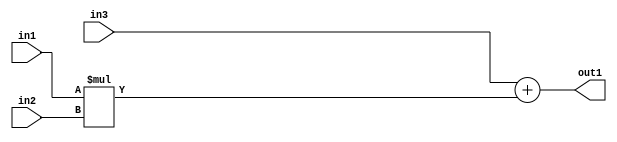
`timescale 1ps / 1ps
/*****************************************************************************
    Verilog RTL Description
    
    
    Created by: Stratus DpOpt 2019.1.01 
*******************************************************************************/

module ImageGradient_Add2Mul2s8u8u8_1 (
	in3,
	in2,
	in1,
	out1
	); /* architecture "behavioural" */ 
input [7:0] in3,
	in2,
	in1;
output [7:0] out1;
wire [7:0] asc001;

wire [7:0] asc001_tmp_0;
assign asc001_tmp_0 = 
	+(in3);
assign asc001 = asc001_tmp_0
	+(in1 * in2);

assign out1 = asc001;
endmodule

/* CADENCE  ubj4Qw0= : u9/ySgnWtBlWxVPRXgAZ4Og= ** DO NOT EDIT THIS LINE ******/